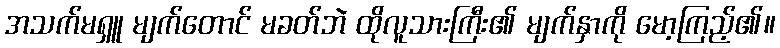
အသက်မရှူ မျက်တောင် မခတ်ဘဲ ထိုလူသားကြီး၏ မျက်နှာကို မော့ကြည့်၏။